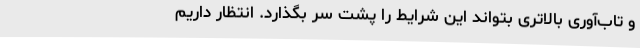
و تاب‌آوری بالاتری بتواند این شرایط را پشت سر بگذارد. انتظار داریم